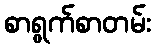
စာရွက်စာတမ်း